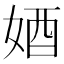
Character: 𡜳